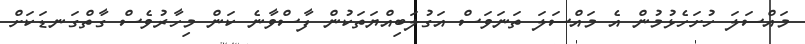
މައްސަލަ ހުށަހެޅުމުން އެ މައްސަލަ ތަނަވަސް އަގުލަބިއްޔަތަކުން ފާސްވާނެ ކަން މިހާރުވެސް ގާތްގަނޑަކަށް